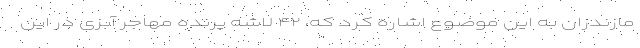
مازندران به این موضوع اشاره کرد که، ۴۲ لاشه پرنده مهاجر آبزی در این